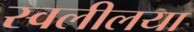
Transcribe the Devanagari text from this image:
स्वलीलया